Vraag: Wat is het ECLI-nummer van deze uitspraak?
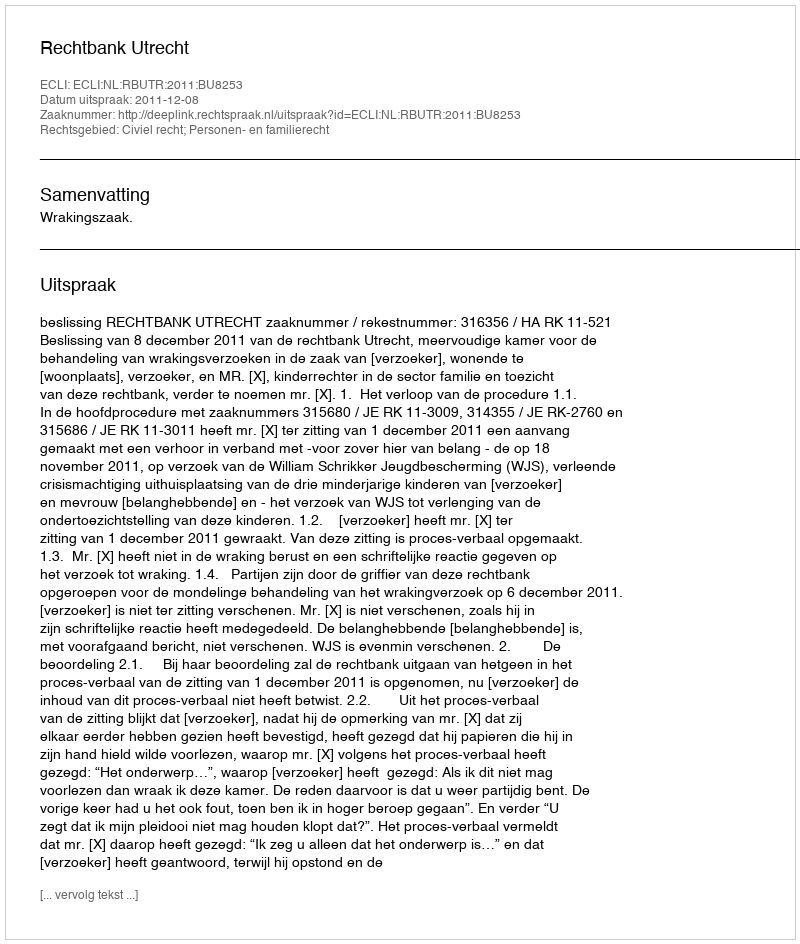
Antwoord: ECLI:NL:RBUTR:2011:BU8253